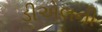
ડીએલની